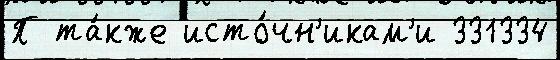
П та́кже исто́чн'икам'и 331334